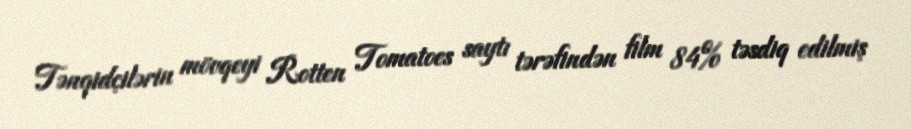
Tənqidçilərin mövqeyi Rotten Tomatoes saytı tərəfindən film 84% təsdiq edilmiş